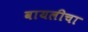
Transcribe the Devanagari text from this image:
वायलीचा